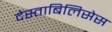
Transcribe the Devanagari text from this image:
देस्ताबिलिसेस